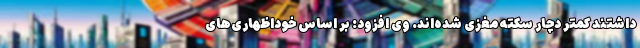
داشتند کمتر دچار سکته مغزی شده‌اند. وی افزود: بر اساس خوداظهاری‌های